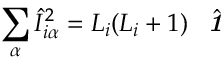
\sum _ { \alpha } \hat { I } _ { i \alpha } ^ { 2 } = L _ { i } ( L _ { i } + 1 ) \hat { \textbf { \textit { 1 } } \, }